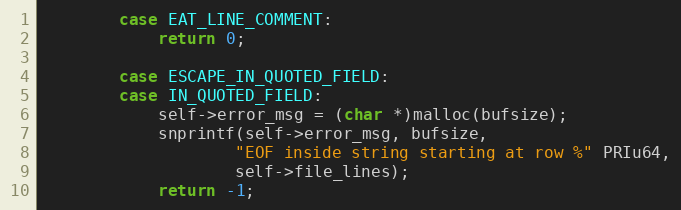
Language: C
        case EAT_LINE_COMMENT:
            return 0;

        case ESCAPE_IN_QUOTED_FIELD:
        case IN_QUOTED_FIELD:
            self->error_msg = (char *)malloc(bufsize);
            snprintf(self->error_msg, bufsize,
                    "EOF inside string starting at row %" PRIu64,
                    self->file_lines);
            return -1;